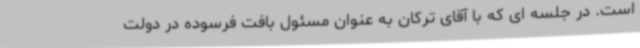
است. در جلسه ای که با آقای ترکان به عنوان مسئول بافت فرسوده در دولت